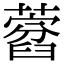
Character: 𦽜